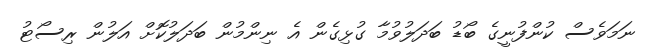
ނަމަވެސް ކުންފުނީގެ ބޯޑު ބަދަލުވުމާ ގުޅިގެން އެ ނިންމުން ބަދަލުކޮށް އަލުން ރިސޯޓު